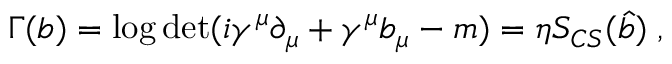
\Gamma ( b ) = \log \operatorname * { d e t } ( i \gamma ^ { \mu } \partial _ { \mu } + \gamma ^ { \mu } b _ { \mu } - m ) = \eta { \cal S } _ { C S } ( \widehat { b } ) \; ,